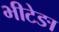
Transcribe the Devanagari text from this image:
भीटेङा